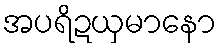
အပရိဍယှမာနော